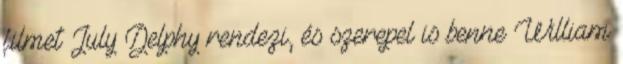
filmet July Delphy rendezi, és szerepel is benne William